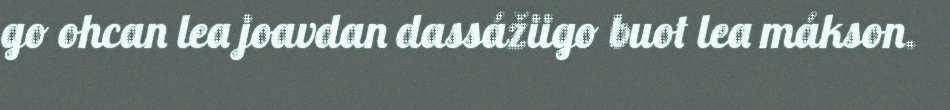
go ohcan lea joavdan dassážiigo buot lea mákson.